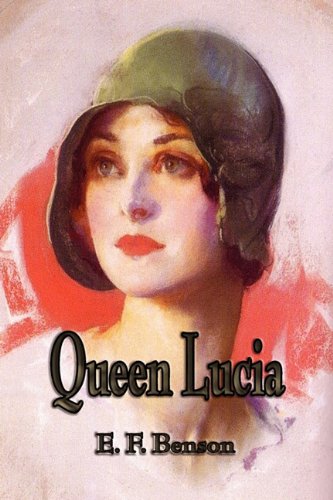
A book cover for Queen Lucia; E. F. Benson; Christian Books & Bibles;